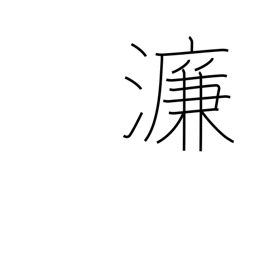
Meaning: name of Chinese river